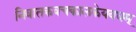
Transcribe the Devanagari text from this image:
निवातकवचकालकेयवधम्